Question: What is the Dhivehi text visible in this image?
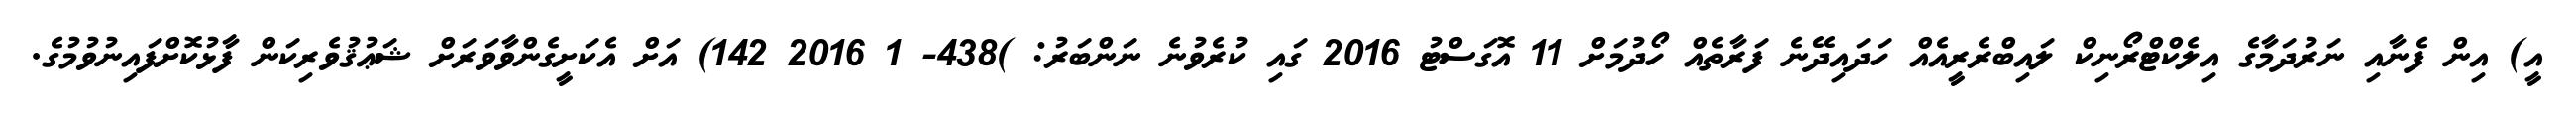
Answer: އީ) އިން ފެނާއި ނަރުދަމާގެ އިލެކްޓްރޯނިކް ލައިބްރެރީއެއް ހަދައިދޭނެ ފަރާތެއް ހޯދުމަށް 11 އޮގަސްޓު 2016 ގައި ކުރެވުނެ ނަންބަރު: )438- 1 2016 142) އަށް އެކަށީގެންވާވަރަށް ޝަޢުޤުވެރިކަން ފާޅުކޮށްފައިނުވުމުގެ.